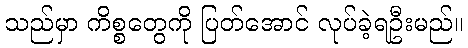
သည်မှာ ကိစ္စတွေကို ပြတ်အောင် လုပ်ခဲ့ရဦးမည်။